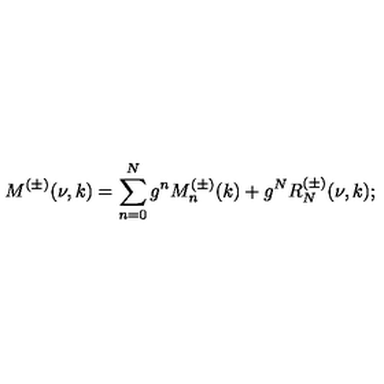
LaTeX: M ^ { ( \pm ) } ( \nu , k ) = \sum _ { n = 0 } ^ { N } g ^ { n } M _ { n } ^ { ( \pm ) } ( k ) + g ^ { N } R _ { N } ^ { ( \pm ) } ( \nu , k ) ;